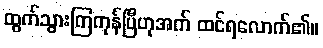
ထွက်သွားကြကုန်ပြီဟုအက် ထင်ရလောက်၏။